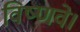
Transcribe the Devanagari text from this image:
विष्णवे।